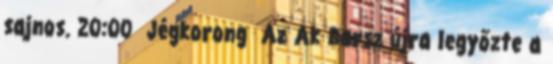
sajnos. 20:00 Jégkorong Az Ak Barsz újra legyőzte a